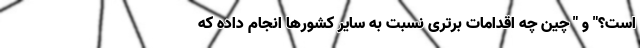
است؟" و " چین چه اقدامات برتری نسبت به سایر کشورها انجام داده که